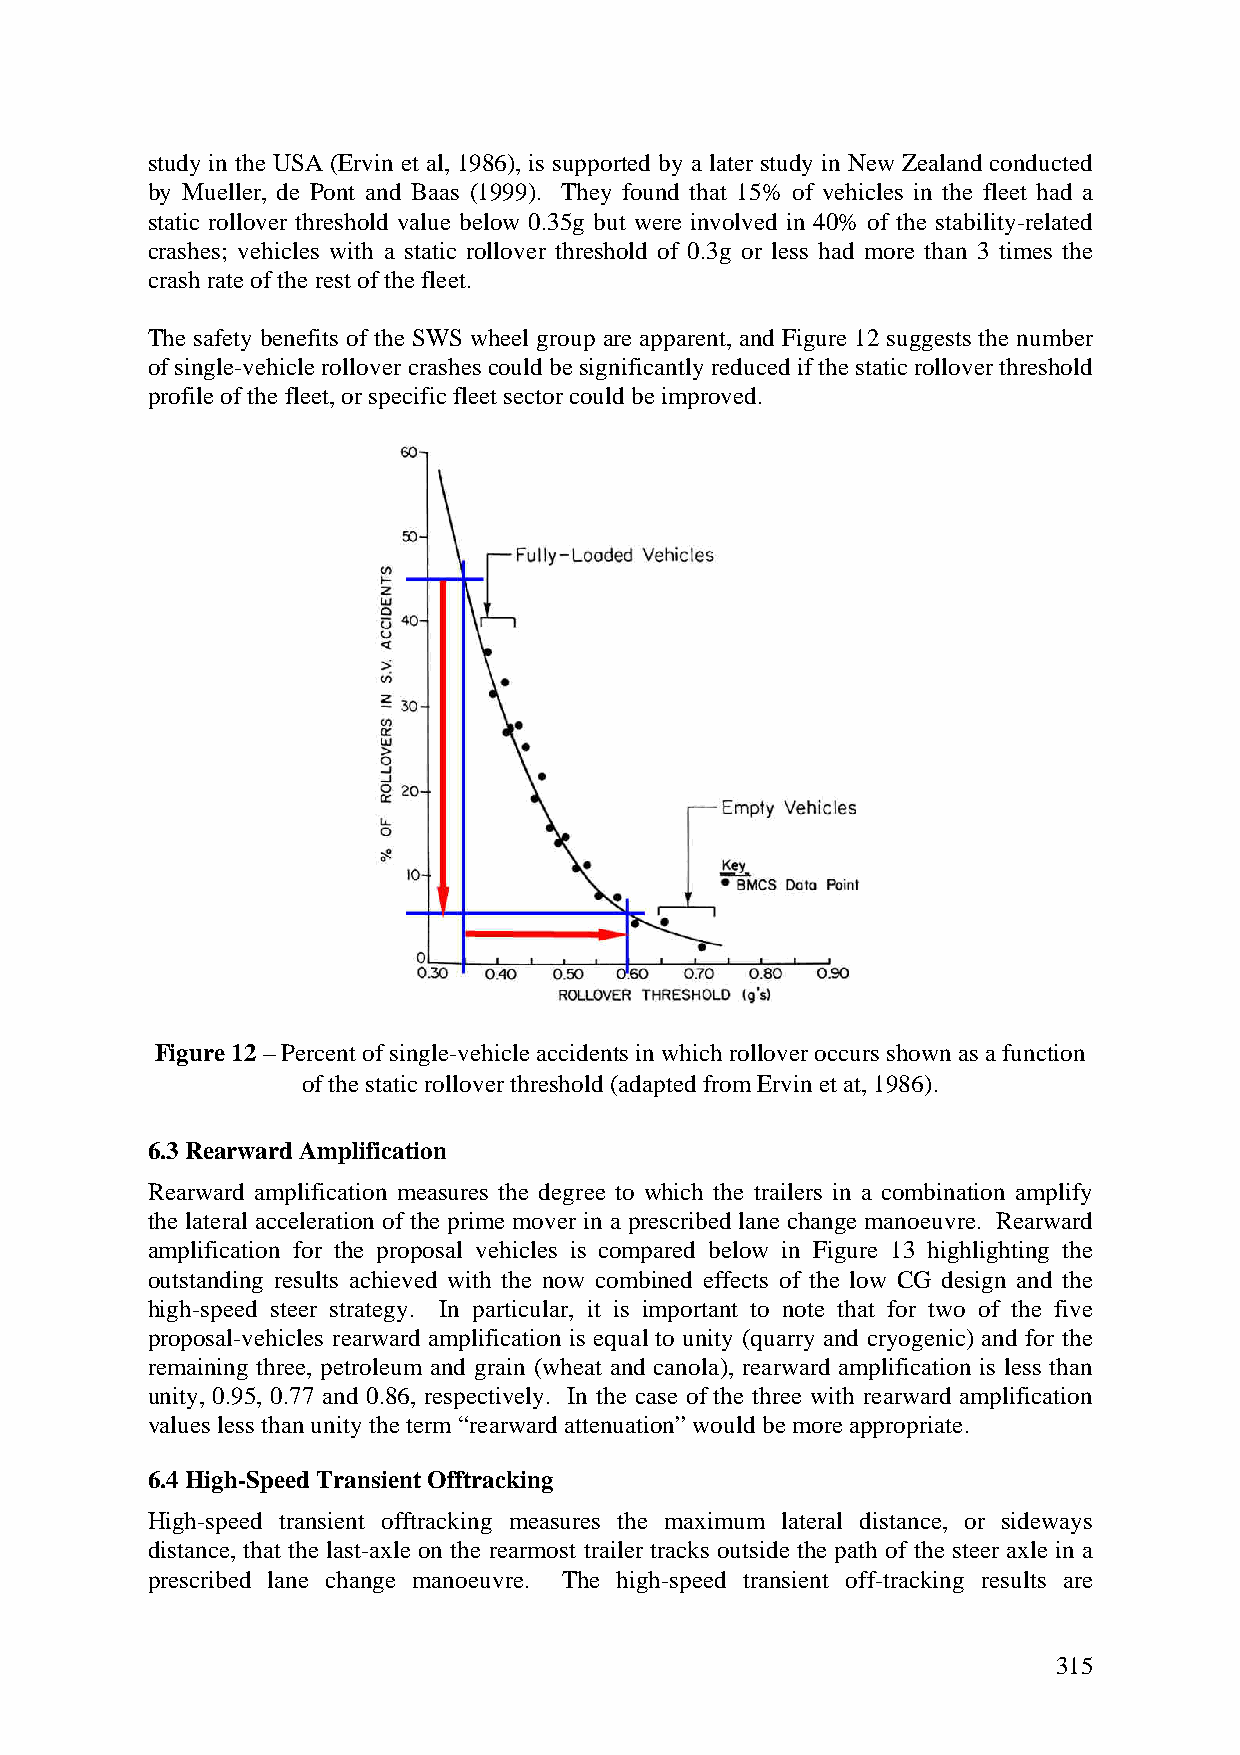
study in the USA (Ervin et al, 1986), is supported by a later study in New Zealand conducted
 by Mueller, de Pont and Baas (1999). They found that 15% of vehicles in the fleet had a
 static rollover threshold value below 0.35g but were involved in 40% of the stability-related
 crashes; vehicles with a static rollover threshold of 0.3g or less had more than 3 times the
 crash rate of the rest of the fleet.
 The safety benefits of the SWS wheel group are apparent, and Figure 12 suggests the number
 of single-vehicle rollover crashes could be significantly reduced if the static rollover threshold
 profile of the fleet, or specific fleet sector could be improved.
 Figure 12 – Percent of single-vehicle accidents in which rollover occurs shown as a function
 of the static rollover threshold (adapted from Ervin et at, 1986).
 6.3 Rearward Amplification
 Rearward amplification measures the degree to which the trailers in a combination amplify
 the lateral acceleration of the prime mover in a prescribed lane change manoeuvre. Rearward
 amplification for the proposal vehicles is compared below in Figure 13 highlighting the
 outstanding results achieved with the now combined effects of the low CG design and the
 high-speed steer strategy. In particular, it is important to note that for two of the five
 proposal-vehicles rearward amplification is equal to unity (quarry and cryogenic) and for the
 remaining three, petroleum and grain (wheat and canola), rearward amplification is less than
 unity, 0.95, 0.77 and 0.86, respectively. In the case of the three with rearward amplification
 values less than unity the term “rearward attenuation” would be more appropriate.
 6.4 High-Speed Transient Offtracking
 High-speed transient offtracking measures the maximum lateral distance, or sideways
 distance, that the last-axle on the rearmost trailer tracks outside the path of the steer axle in a
 prescribed lane change manoeuvre. The high-speed transient off-tracking results are
 315